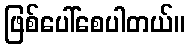
ဖြစ်ပေါ်စေပါတယ်။